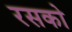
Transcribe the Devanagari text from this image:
रसको